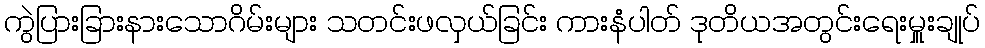
ကွဲပြားခြားနားသောဂိမ်းများ သတင်းဖလှယ်ခြင်း ကားနံပါတ် ဒုတိယအတွင်းရေးမှူးချုပ်